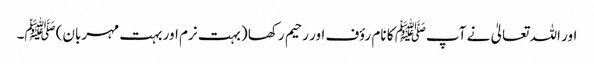
اور اللہ تعالیٰ نے آپﷺ کا نام رؤف اور رحیم رکھا (بہت نرم اور بہت مہربان)ﷺ۔